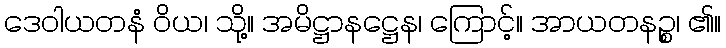
ဒေဝါယတနံ ဝိယ၊ သို့။ အမိဋ္ဌာနဋ္ဌေန၊ ကြောင့်။ အာယတနဉ္စ၊ ၏။